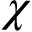
\chi